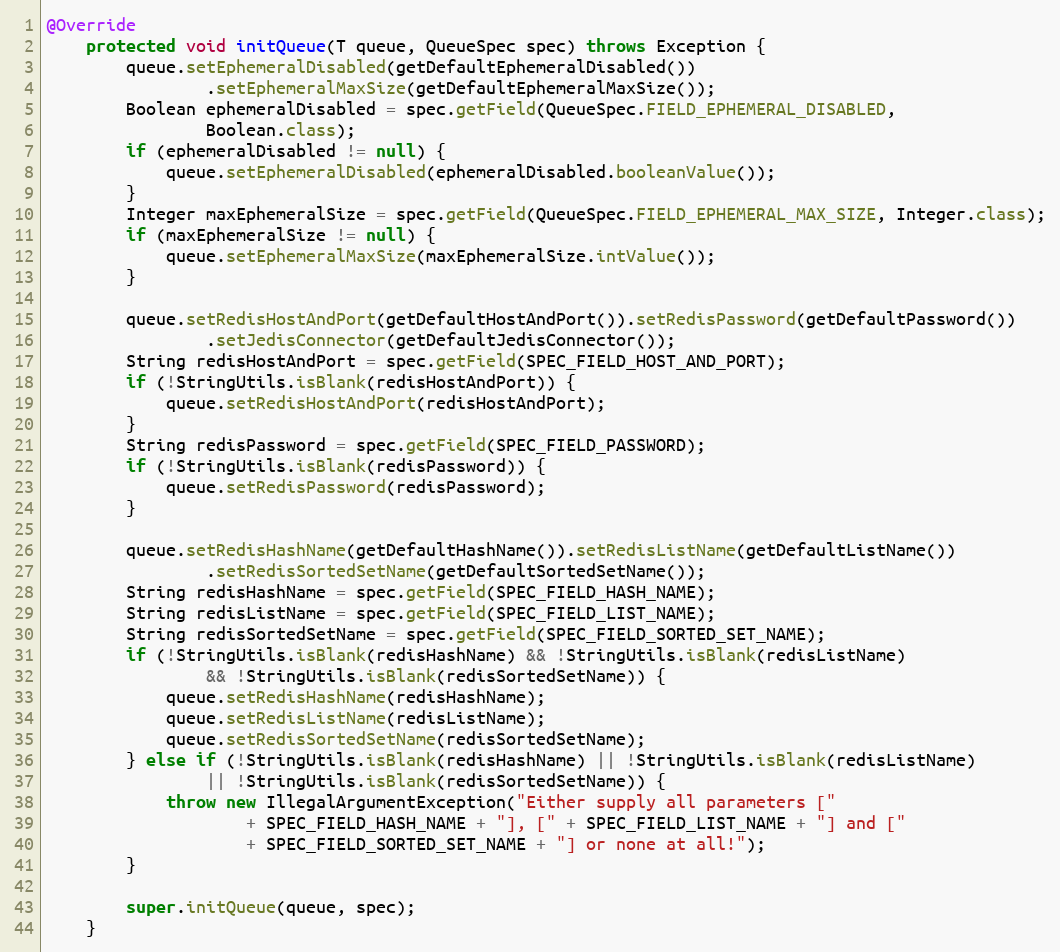
Language: Java
@Override
    protected void initQueue(T queue, QueueSpec spec) throws Exception {
        queue.setEphemeralDisabled(getDefaultEphemeralDisabled())
                .setEphemeralMaxSize(getDefaultEphemeralMaxSize());
        Boolean ephemeralDisabled = spec.getField(QueueSpec.FIELD_EPHEMERAL_DISABLED,
                Boolean.class);
        if (ephemeralDisabled != null) {
            queue.setEphemeralDisabled(ephemeralDisabled.booleanValue());
        }
        Integer maxEphemeralSize = spec.getField(QueueSpec.FIELD_EPHEMERAL_MAX_SIZE, Integer.class);
        if (maxEphemeralSize != null) {
            queue.setEphemeralMaxSize(maxEphemeralSize.intValue());
        }

        queue.setRedisHostAndPort(getDefaultHostAndPort()).setRedisPassword(getDefaultPassword())
                .setJedisConnector(getDefaultJedisConnector());
        String redisHostAndPort = spec.getField(SPEC_FIELD_HOST_AND_PORT);
        if (!StringUtils.isBlank(redisHostAndPort)) {
            queue.setRedisHostAndPort(redisHostAndPort);
        }
        String redisPassword = spec.getField(SPEC_FIELD_PASSWORD);
        if (!StringUtils.isBlank(redisPassword)) {
            queue.setRedisPassword(redisPassword);
        }

        queue.setRedisHashName(getDefaultHashName()).setRedisListName(getDefaultListName())
                .setRedisSortedSetName(getDefaultSortedSetName());
        String redisHashName = spec.getField(SPEC_FIELD_HASH_NAME);
        String redisListName = spec.getField(SPEC_FIELD_LIST_NAME);
        String redisSortedSetName = spec.getField(SPEC_FIELD_SORTED_SET_NAME);
        if (!StringUtils.isBlank(redisHashName) && !StringUtils.isBlank(redisListName)
                && !StringUtils.isBlank(redisSortedSetName)) {
            queue.setRedisHashName(redisHashName);
            queue.setRedisListName(redisListName);
            queue.setRedisSortedSetName(redisSortedSetName);
        } else if (!StringUtils.isBlank(redisHashName) || !StringUtils.isBlank(redisListName)
                || !StringUtils.isBlank(redisSortedSetName)) {
            throw new IllegalArgumentException("Either supply all parameters ["
                    + SPEC_FIELD_HASH_NAME + "], [" + SPEC_FIELD_LIST_NAME + "] and ["
                    + SPEC_FIELD_SORTED_SET_NAME + "] or none at all!");
        }

        super.initQueue(queue, spec);
    }